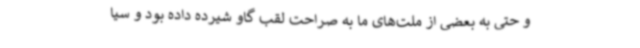
و حتی به بعضی از ملت‌های ما به صراحت لقب گاو شیرده داده بود و سیا